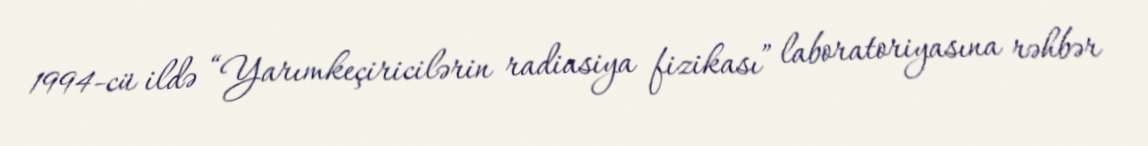
1994-cü ildə “Yarımkeçiricilərin radiasiya fizikası” laboratoriyasına rəhbər